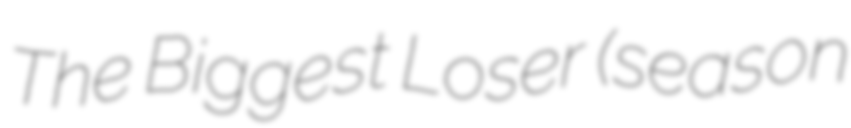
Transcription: The Biggest Loser (season